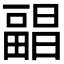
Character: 𰣕